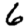
Digit: 6